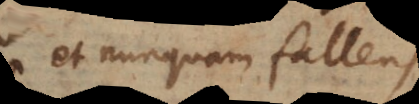
et nunquam fallens,